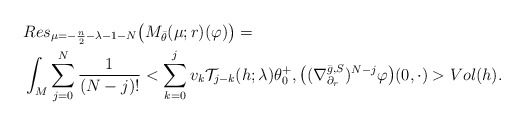
\begin{align*} &Res_{\mu=-\frac n2-\lambda-1-N}\big(M_{\bar{\theta}}(\mu;r)(\varphi)\big)=\\ &\int_M\sum_{j=0}^N\frac{1}{(N-j)!}<\sum_{k=0}^jv_k\mathcal{T}_{j-k}(h;\lambda)\theta_0^+ ,\big((\nabla^{\bar{g},S}_{\partial_r})^{N-j}\varphi\big)(0,\cdot)>Vol(h). \end{align*}